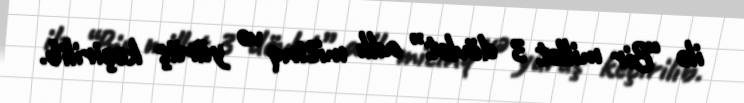
ilə “Bir millət 3 dövlət” adlı mitinq və yürüş keçirilib.